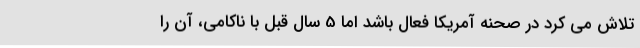
تلاش می کرد در صحنه آمریکا فعال باشد اما 5 سال قبل با ناکامی، آن را